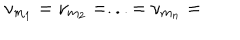
\mathrm { \ n u } _ { m _ { 1 } } = \mathrm { \ n u } _ { m _ { 2 } } = . . . = \mathrm { \ n u } _ { m _ { n } } =